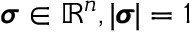
\pmb { \sigma } \in \mathbb { R } ^ { n } , | \pmb { \sigma } | = 1